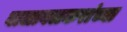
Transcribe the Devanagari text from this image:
वालावलकरांच्या